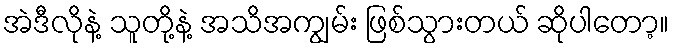
အဲဒီလိုနဲ့ သူတို့နဲ့ အသိအကျွမ်း ဖြစ်သွားတယ် ဆိုပါတော့။